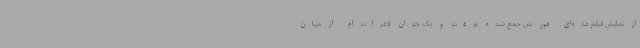
از نمایش فیلم عده‌ای دور من جمع شده بودند و یک جوان لاغراندام از میان